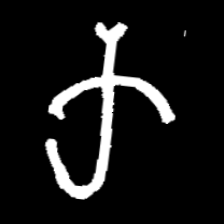
Pyu character \u2014 Myanmar letter: က (romanized: ka)